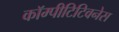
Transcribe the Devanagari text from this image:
कॉम्पीटिटिवनेस